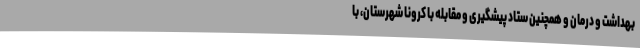
بهداشت و درمان و همچنین ستاد پیشگیری و مقابله با کرونا شهرستان، با